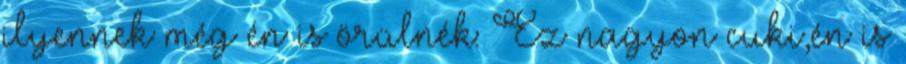
ilyennek még én is örülnék: Ez nagyon cuki,én is